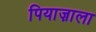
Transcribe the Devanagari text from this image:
पियाज़ाला